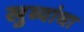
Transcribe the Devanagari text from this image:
खुब्यांचा